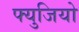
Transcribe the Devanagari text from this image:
फ्युजियो